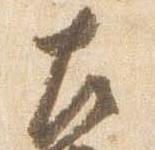
左